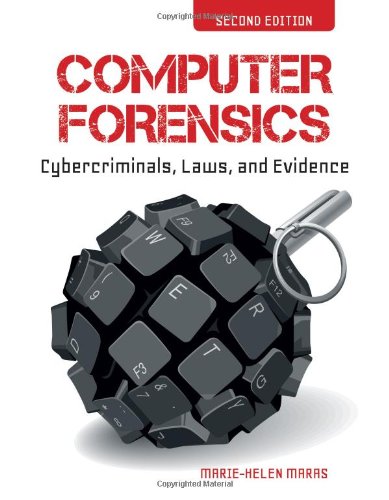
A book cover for Computer Forensics: Cybercriminals, Laws, and Evidence; Marie-Helen Maras; Law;